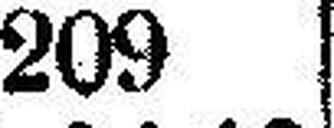
209